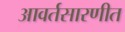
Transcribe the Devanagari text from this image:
आवर्तसारणीत